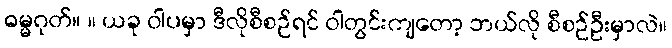
ဓမ္မဂုတ်။ ။ ယခု ဝါပမှာ ဒီလိုစီစဉ်ရင် ဝါတွင်းကျတော့ ဘယ်လို စီစဉ်ဦးမှာလဲ။